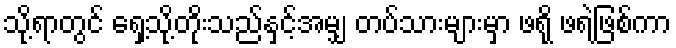
သို့ရာတွင် ရှေ့သို့တိုးသည်နှင့်အမျှ တပ်သားများမှာ ဖရို ဖရဲဖြစ်ကာ